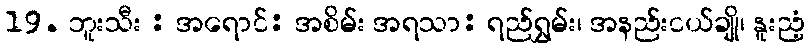
19. ဘူးသီး : အရောင်: အစိမ်း အရသာ: ရည်ရွှမ်း၊ အနည်းငယ်ချို၊ နူးညံ့